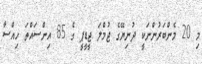
މި 20 މެންބަރުންނަކީ ދުނިޔޭގެ ޖުމްލަ ޖީޑީޕީ ގެ 85 އިންސައްތަ ހިއްސާ